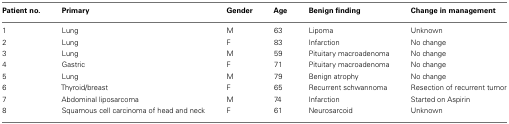
<table><thead><tr><td><b>Patient no.</b></td><td><b>Primary</b></td><td><b>Gender</b></td><td><b>Age</b></td><td><b>Benign finding</b></td><td><b>Change in management</b></td></tr></thead><tbody><tr><td>1</td><td>Lung</td><td>M</td><td>63</td><td>Lipoma</td><td>Unknown</td></tr><tr><td>2</td><td>Lung</td><td>F</td><td>83</td><td>Infarction</td><td>No change</td></tr><tr><td>3</td><td>Lung</td><td>M</td><td>59</td><td>Pituitary macroadenoma</td><td>No change</td></tr><tr><td>4</td><td>Gastric</td><td>F</td><td>71</td><td>Pituitary macroadenoma</td><td>No change</td></tr><tr><td>5</td><td>Lung</td><td>M</td><td>79</td><td>Benign atrophy</td><td>No change</td></tr><tr><td>6</td><td>Thyroid/breast</td><td>F</td><td>65</td><td>Recurrent schwannoma</td><td>Resection of recurrent tumor</td></tr><tr><td>7</td><td>Abdominal liposarcoma</td><td>M</td><td>74</td><td>Infarction</td><td>Started on Aspirin</td></tr><tr><td>8</td><td>Squamous cell carcinoma of head and neck</td><td>F</td><td>61</td><td>Neurosarcoid</td><td>Unknown</td></tr></tbody></table>